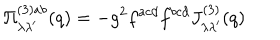
\Pi _ { \lambda \lambda ^ { \prime } } ^ { ( 3 ) a b } ( q ) = - g ^ { 2 } f ^ { a c d } f ^ { b c d } J _ { \lambda \lambda ^ { \prime } } ^ { ( 3 ) } ( q )